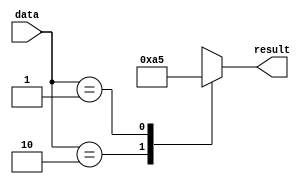
module dont_care_case (
    input wire [1:0] data,
    output reg [3:0] result
);

always @(data)
begin
    case (data)
        2'b10: result <= 4'b1010; // Case when data is '10'
        2'b01: result <= 4'b0101; // Case when data is '01'
        default: result <= 4'bx; // Default case for 'Don't care'
    endcase
end

endmodule